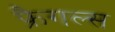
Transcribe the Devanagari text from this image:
फ्रैगल्स